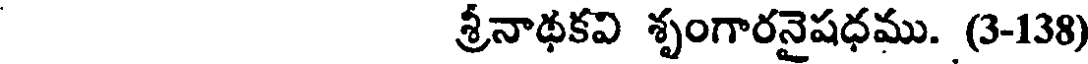
శ్రీనాథకవి శృంగారనైషధము. (3-138)